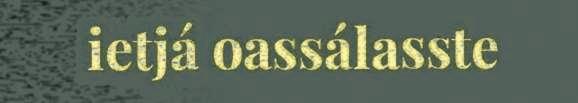
ietjá oassálasste